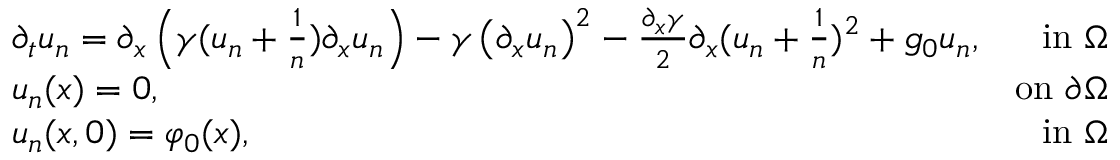
\begin{array} { r l r } & { \partial _ { t } u _ { n } = \partial _ { x } \left( \gamma ( u _ { n } + \frac { 1 } { n } ) \partial _ { x } u _ { n } \right) - \gamma \left( \partial _ { x } u _ { n } \right) ^ { 2 } - \frac { \partial _ { x } \gamma } { 2 } \partial _ { x } ( u _ { n } + \frac { 1 } { n } ) ^ { 2 } + g _ { 0 } u _ { n } , } & { \mathrm { i n ~ } \Omega } \\ & { u _ { n } ( x ) = 0 , } & { \mathrm { o n ~ } \partial \Omega } \\ & { u _ { n } ( x , 0 ) = \varphi _ { 0 } ( x ) , } & { \mathrm { i n ~ } \Omega } \end{array}